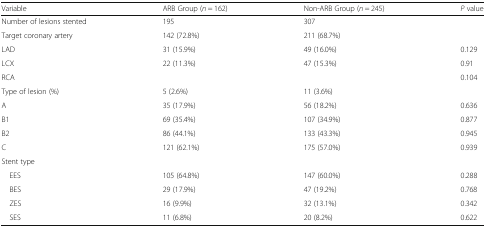
<table><thead><tr><td><b>Variable</b></td><td><b>ARB Group (<i>n</i> = 162)</b></td><td><b>Non-ARB Group (<i>n</i> = 245)</b></td><td><b><i>P</i> value</b></td></tr></thead><tbody><tr><td>Number of lesions stented</td><td>195</td><td>307</td><td></td></tr><tr><td>Target coronary artery</td><td>142 (72.8%)</td><td>211 (68.7%)</td><td></td></tr><tr><td>LAD</td><td>31 (15.9%)</td><td>49 (16.0%)</td><td>0.129</td></tr><tr><td>LCX</td><td>22 (11.3%)</td><td>47 (15.3%)</td><td>0.91</td></tr><tr><td>RCA</td><td></td><td></td><td>0.104</td></tr><tr><td>Type of lesion (%)</td><td>5 (2.6%)</td><td>11 (3.6%)</td><td></td></tr><tr><td>A</td><td>35 (17.9%)</td><td>56 (18.2%)</td><td>0.636</td></tr><tr><td>B1</td><td>69 (35.4%)</td><td>107 (34.9%)</td><td>0.877</td></tr><tr><td>B2</td><td>86 (44.1%)</td><td>133 (43.3%)</td><td>0.945</td></tr><tr><td>C</td><td>121 (62.1%)</td><td>175 (57.0%)</td><td>0.939</td></tr><tr><td colspan="4">Stent type</td></tr><tr><td> EES</td><td>105 (64.8%)</td><td>147 (60.0%)</td><td>0.288</td></tr><tr><td> BES</td><td>29 (17.9%)</td><td>47 (19.2%)</td><td>0.768</td></tr><tr><td> ZES</td><td>16 (9.9%)</td><td>32 (13.1%)</td><td>0.342</td></tr><tr><td> SES</td><td>11 (6.8%)</td><td>20 (8.2%)</td><td>0.622</td></tr></tbody></table>